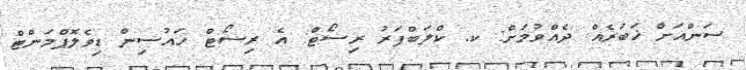
ސަންއަށް ޚަބަރެއް ދެއްވުމަށް: ކ. ކްލަބްފަރު ރިސޯޓް: އެ ރިސޯޓް ހައުސިން ޑިވެލޮޕްމަންޓް